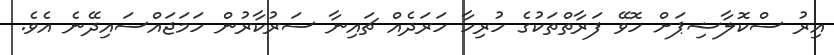
އިރު ސްކޮލާޝިޕަށް ހޮވޭ ފަރާތްތަކުގެ ހުރިހާ ހަރަދެއް ޗައިނާ ސަރުކާރުން ހަމަޖައްސައިދޭނެ އެވެ.